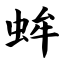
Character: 蛑